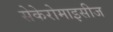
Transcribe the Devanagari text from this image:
सेकेरोमाइसीज